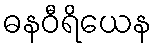
ဓနဝီရိယေန